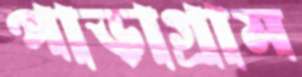
পাড়াগ্রাম